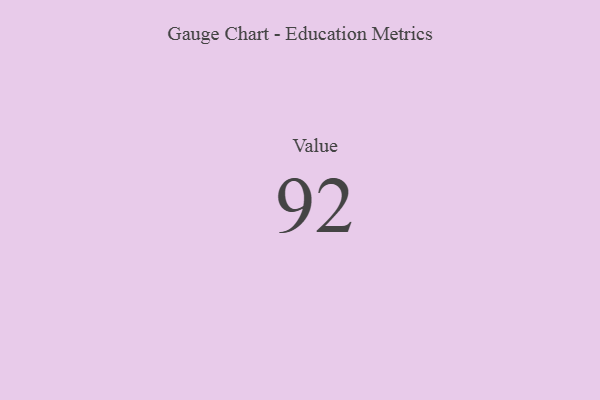
{"axis": {"x": "Metric", "y": "Value"}, "legend": [""], "data": [{"x": "Value", "y": 92, "type": ""}]}